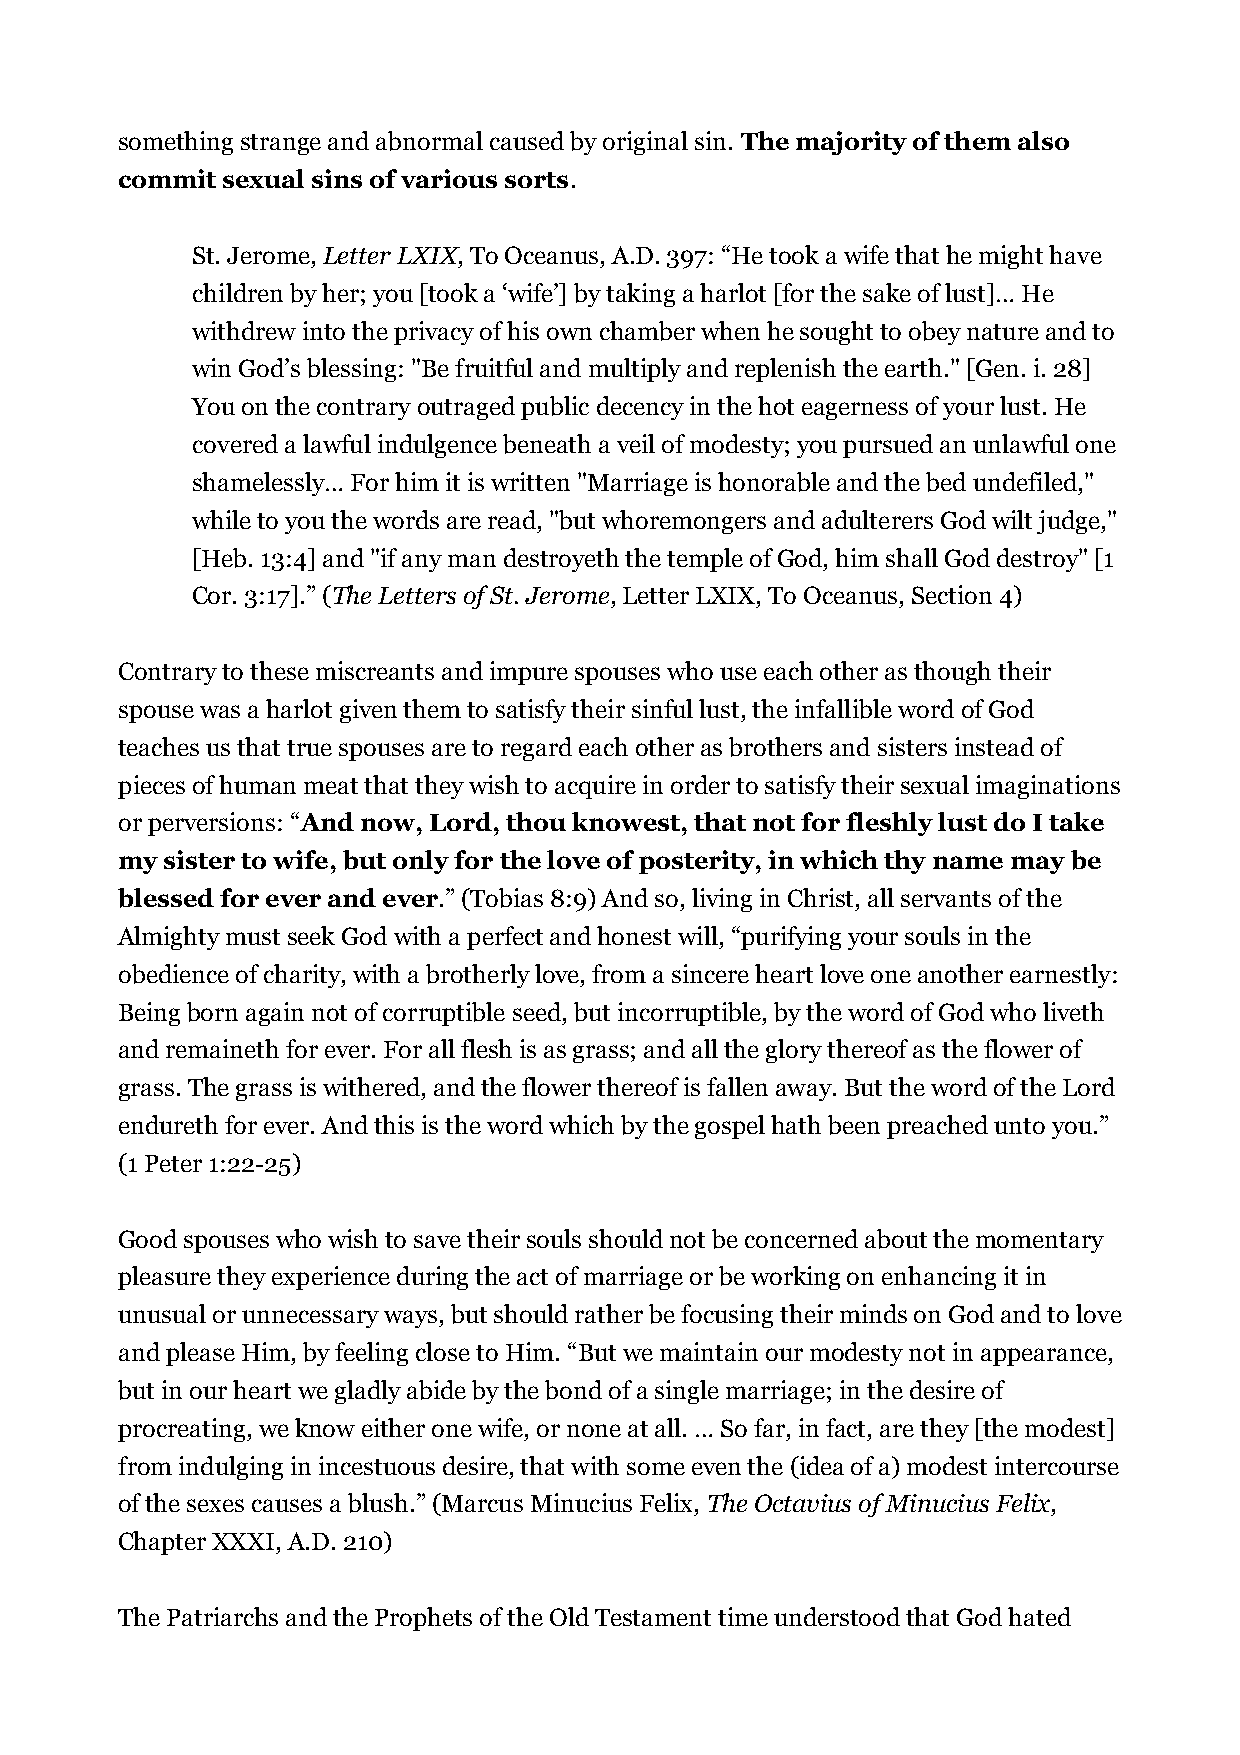
something strange and abnormal caused by original sin. The majority of them also
 commit sexual sins of various sorts.
 St. Jerome, Letter LXIX, To Oceanus, A.D. 397: “He took a wife that he might have
 children by her; you [took a ‘wife’] by taking a harlot [for the sake of lust]… He
 withdrew into the privacy of his own chamber when he sought to obey nature and to
 win God’s blessing: "Be fruitful and multiply and replenish the earth." [Gen. i. 28]
 You on the contrary outraged public decency in the hot eagerness of your lust. He
 covered a lawful indulgence beneath a veil of modesty; you pursued an unlawful one
 shamelessly… For him it is written "Marriage is honorable and the bed undefiled,"
 while to you the words are read, "but whoremongers and adulterers God wilt judge,"
 [Heb. 13:4] and "if any man destroyeth the temple of God, him shall God destroy" [1
 Cor. 3:17].” (The Letters of St. Jerome, Letter LXIX, To Oceanus, Section 4)
 Contrary to these miscreants and impure spouses who use each other as though their
 spouse was a harlot given them to satisfy their sinful lust, the infallible word of God
 teaches us that true spouses are to regard each other as brothers and sisters instead of
 pieces of human meat that they wish to acquire in order to satisfy their sexual imaginations
 or perversions: “And now, Lord, thou knowest, that not for fleshly lust do I take
 my sister to wife, but only for the love of posterity, in which thy name may be
 blessed for ever and ever.” (Tobias 8:9) And so, living in Christ, all servants of the
 Almighty must seek God with a perfect and honest will, “purifying your souls in the
 obedience of charity, with a brotherly love, from a sincere heart love one another earnestly:
 Being born again not of corruptible seed, but incorruptible, by the word of God who liveth
 and remaineth for ever. For all flesh is as grass; and all the glory thereof as the flower of
 grass. The grass is withered, and the flower thereof is fallen away. But the word of the Lord
 endureth for ever. And this is the word which by the gospel hath been preached unto you.”
 (1 Peter 1:22-25)
 Good spouses who wish to save their souls should not be concerned about the momentary
 pleasure they experience during the act of marriage or be working on enhancing it in
 unusual or unnecessary ways, but should rather be focusing their minds on God and to love
 and please Him, by feeling close to Him. “But we maintain our modesty not in appearance,
 but in our heart we gladly abide by the bond of a single marriage; in the desire of
 procreating, we know either one wife, or none at all. … So far, in fact, are they [the modest]
 from indulging in incestuous desire, that with some even the (idea of a) modest intercourse
 of the sexes causes a blush.” (Marcus Minucius Felix, The Octavius of Minucius Felix,
 Chapter XXXI, A.D. 210)
 The Patriarchs and the Prophets of the Old Testament time understood that God hated